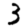
Digit: 3